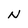
Character: N